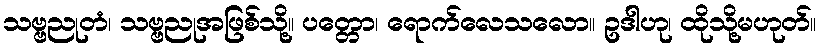
သဗ္ဗညုတံ၊ သဗ္ဗညုအဖြစ်သို့။ ပတ္တော၊ ရောက်လေသလော။ ဥဒါဟု၊ ထိုသို့မဟုတ်။